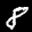
Label: 8